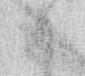
か